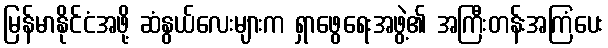
မြန်မာနိုင်ငံအဖို့ ဆံနွယ်လေးများက ရှာဖွေရေးအဖွဲ့၏ အကြီးတန်းအကြံပေး